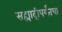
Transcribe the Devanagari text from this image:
सह्याद्रीपर्यंतचा